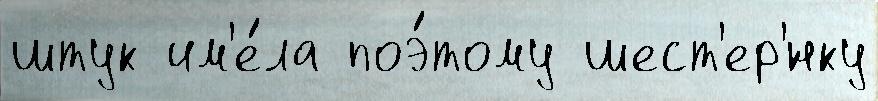
штук им'е́ла поэ́тому шест'ер'́нку